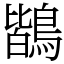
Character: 鶛